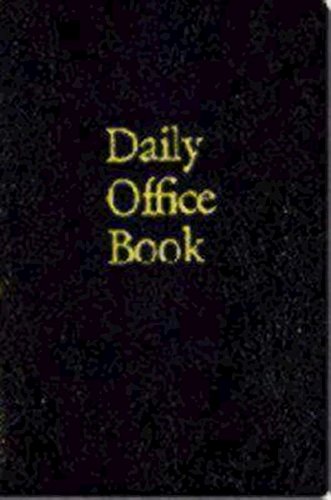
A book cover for Daily Office Book: Two-Volume Set; Church Publishing; Christian Books & Bibles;